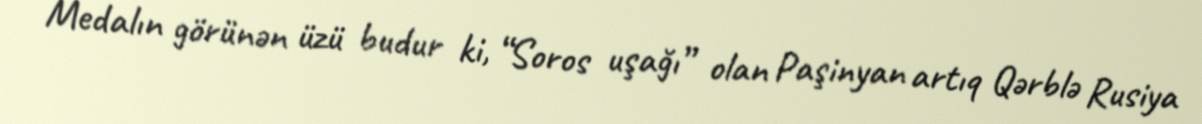
Medalın görünən üzü budur ki, “Soros uşağı” olan Paşinyan artıq Qərblə Rusiya